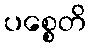
ပစ္စေတိ